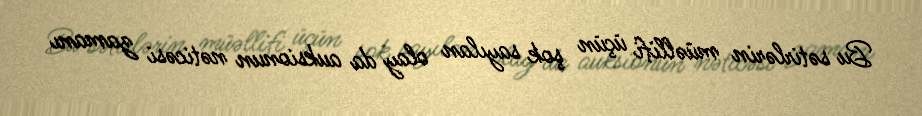
Bu sətirlərin müəllifi üçün şok sayılan olay da auksionun nəticəsi zamanı